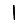
Digit: 1